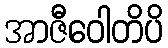
အာဇီဝေါတိပိ